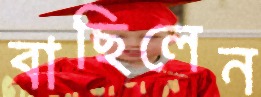
বাছিলেন